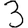
Digit: 3